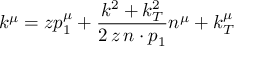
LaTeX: k ^ { \mu } = z p _ { 1 } ^ { \mu } + \frac { k ^ { 2 } + k _ { T } ^ { 2 } } { 2 \, z \, n \cdot p _ { 1 } } n ^ { \mu } + k _ { T } ^ { \mu }